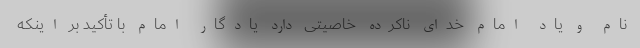
نام و یاد امام خدای ناکرده خاصیتی دارد یادگار امام با تأکید بر اینکه